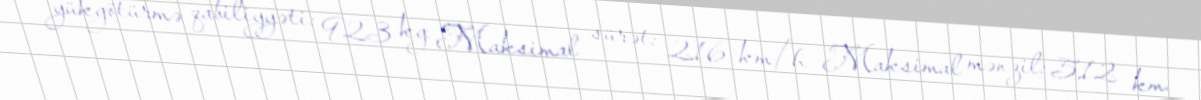
yükgötürmə qabiliyyəti: 923 kg Maksimal sürət: 216 km/h Maksimal mənzil: 512 km.